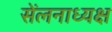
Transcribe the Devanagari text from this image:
सेंलनाध्यक्ष